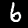
Label: 6